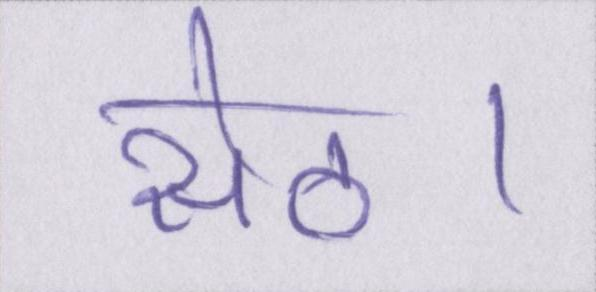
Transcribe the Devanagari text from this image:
सेठ।